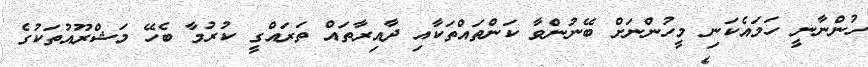
ހުންނާނީ ހަމައެކަނި މީހުންނަށް ބޭނުންވާ ކަންތައްތަކާއި ދާއިރާތައް ތަރައްގީ ކުރުމާ ބެހޭ މަޝްރޫއުތަކުގެ